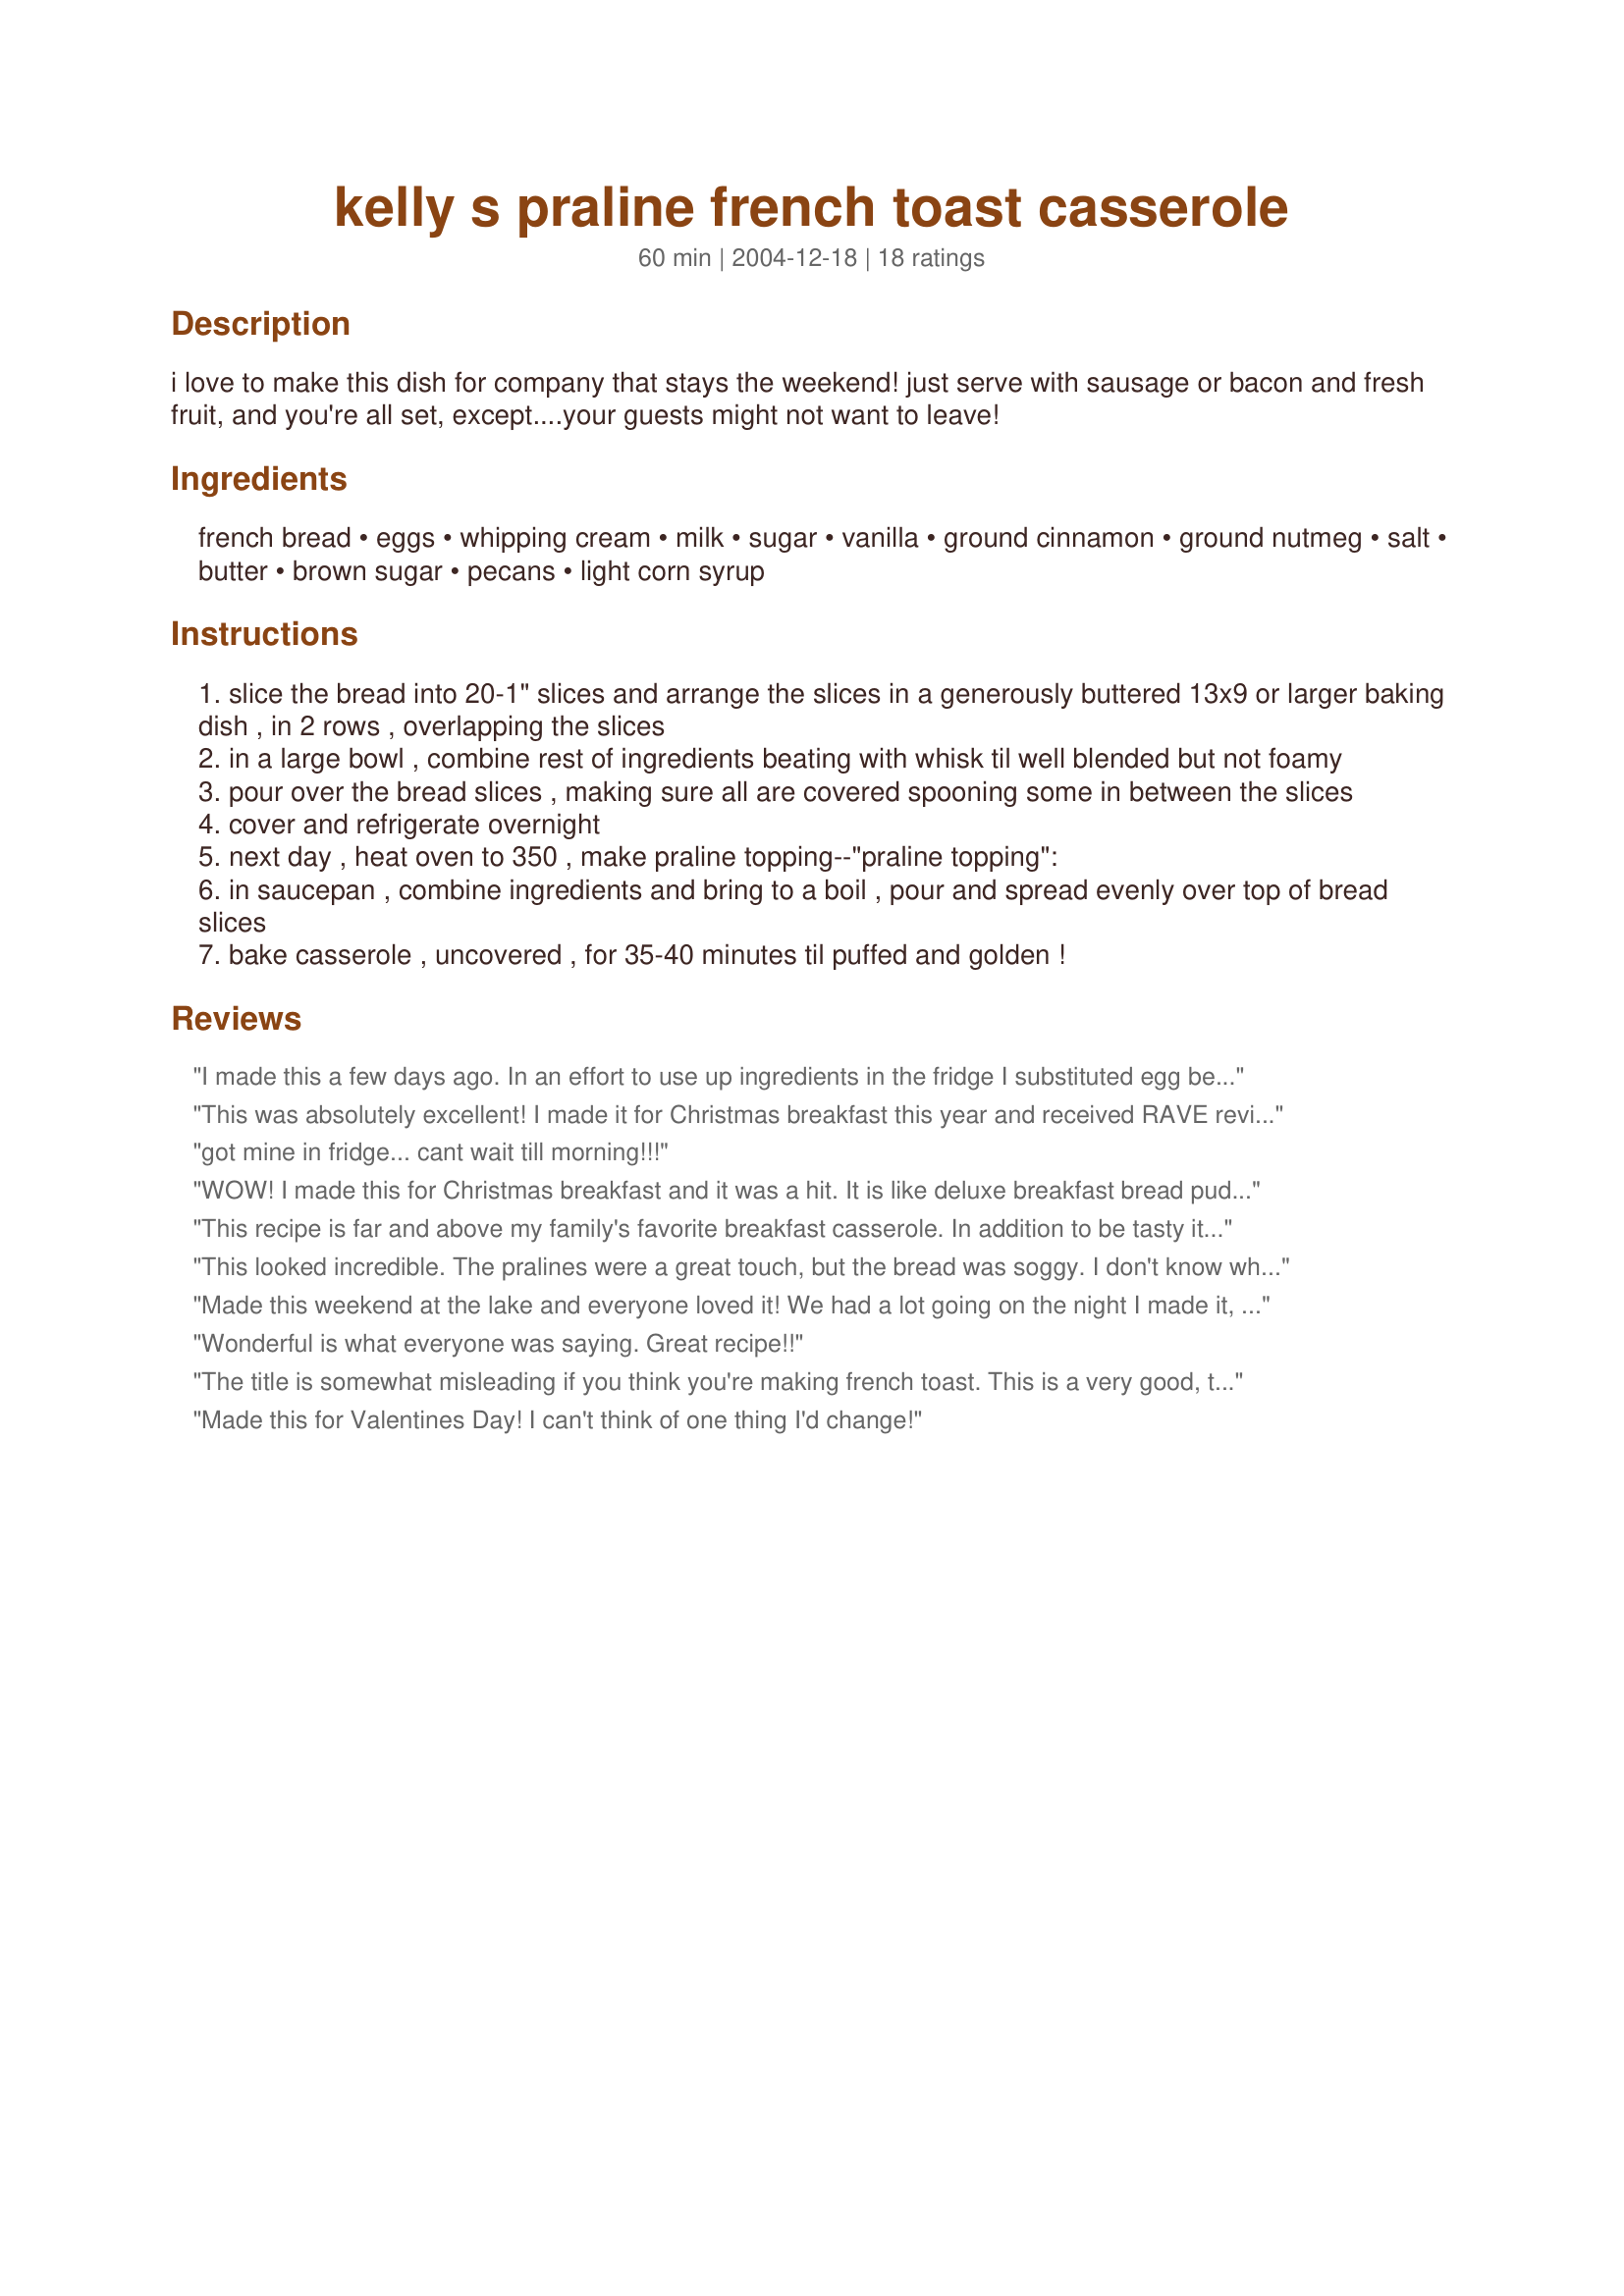
kelly s praline french toast casserole
Preparation time: 60 minutes

i love to make this dish for company that stays the weekend! just serve with sausage or bacon and fresh fruit, and you're all set, except....your guests might not want to leave!

Ingredients:
french bread, eggs, whipping cream, milk, sugar, vanilla, ground cinnamon, ground nutmeg, salt, butter, brown sugar, pecans, light corn syrup

Steps:
slice the bread into 20-1" slices and arrange the slices in a generously buttered 13x9 or larger baking dish , in 2 rows , overlapping the slices
in a large bowl , combine rest of ingredients beating with whisk til well blended but not foamy
pour over the bread slices , making sure all are covered spooning some in between the slices
cover and refrigerate overnight
next day , heat oven to 350 , make praline topping--"praline topping":
in saucepan , combine ingredients and bring to a boil , pour and spread evenly over top of bread slices
bake casserole , uncovered , for 35-40 minutes til puffed and golden !

Reviews:
I made this a few days ago. In an effort to use up ingredients in the fridge I substituted egg beaters for the real eggs, used skim milk vice whole and hazelnuts instead of pecans. Cut the calories and fat by quite a bit yet it was still delicious. It went in a flash.
This was absolutely excellent! I made it for Christmas breakfast this year and received RAVE reviews! My sister even sent me a text message to rub it in that she was having left over for breakfast! She said it was jsut as good the second time. I did not have nutmeg so it was left out and I also accidentally left out the corn syrup.. but you couldnt tell!
got mine in fridge... cant wait till morning!!!
WOW! I made this for Christmas breakfast and it was a hit. It is like deluxe breakfast bread pudding. Of course it is mostly prepared the night before so I could enjoy time with the family instead of being trapped in the kitchen. Delicious.
This recipe is far and above my family's favorite breakfast casserole. In addition to be tasty it is super easy and a real time saver when having a lot of other cooking to do. I also bring it as a standard to potlucks and it disappears immediately. I have shared this recipe more times than I can count. I think you get it. Awesome dish. I have made this exactly as described and it is great. I have also modified it over the years. I will prepare either way depending on my mood. Modification: Make sure to use a deep 9&quot;x12&quot;. Substitute Challah bread, use almost a cup of milk-topping it off with maple syrup(may be about 1/8 cup. Use turbinado sugar instead of regular sugar. Also I only use 1 1/2 TBSP if I am using maple syrup. I also leave my bread out a day or two uncovered to help with soggy factor if I am on the ball. My family doesn't seem to notice either way. Enjoy!
This looked incredible. The pralines were a great touch, but the bread was soggy. I don't know what went wrong b/c everyone seems to love it, but we threw it away after a few bites. I think if you just dipped each slice of bread individually before putting them in the pan rather than pouring the mixture over them, that might work better and they wouldn't be so saturated. Otherwise, the flavor is good.
Made this weekend at the lake and everyone loved it! We had a lot going on the night I made it, so I made a mistake, but I would make it again. I made the custard with the eggs, vanilla and whipping cream; but forgot the spices, sugar and salt. I realized my mistake the next morning before baking; I quickly mixed the ingredients and sprinkled on top before pouring the praline on top. Everyone loved the &quot;crunchy&quot; topping! Next time, I will add the spices to the custard AND sprinkle on top! Can&#039;t wait to make this again. Served will some syrup and berries - YUM!
Wonderful is what everyone was saying. Great recipe!!
The title is somewhat misleading if you think you're making french toast. This is a very good, tasty bread pudding. I thought it was even better the second day.
Made this for Valentines Day! I can't think of one thing I'd change!
I have yet to make this FANTASTIC recipe; I live alone. However, my sister made this recipe for my birthday breakfast. She added toasted coconut to the topping then sliced bananas on top. ...And to think all this time I thought she was so clever, to find out she probably copied the recipe from you!!!!!! I'm glad you printed it, so someday if I have company for breakfast. Thank you.
This was so delicious! We had a little leftover and it reheated nicely too! I will make this again and again - it's too good to only have for company! Thanks Kelly!
I also made this for Christmas breakfast (gotta love having it mostly ready the night before) and not only was it super easy, but my family actually decided to make it part of our Christmas morning tradition... that is a very high compliment in our family!
I got this same recipe years ago from a co-worker that brought it to our company pot luck breakfast. It is the best ever!!! I love how you can put it together Saturday night for an easy toss it in the oven and get ready for church easy sunday breakfast. Also got me looking for more different overnight French Toast recipes... If you think it is too soggy try adding more bread slices and deffinately avoid Bread pudding
This is the most fabulous of bread puddings. Once you try it, you are hooked. It has got to be sinful. Easy to make, no need to make changes. It is perfect just the way you see it.
Wow! This was soooooo good! I made this for breakfast this morning and all I got back was an empty dish! I was hoping for leftovers but darn it was just too good. Sorta reminded me of bread puddings which are a favourite of mine. This one is going into my breakfast rotations for the weekends! Thanks for sharing a great recipe!
My Suggestion if the complaint is "soggy," TOAST the French Bread first. Awesome recipe! Kudos Wildflour!
Oh what a delicious breakfast. If I could only figure out how to cut the calories we might have it every Sunday. Oh well, once in a while, who cares. It's worth it. Was mouthwatering & really not too much work, according to my DH who makes Sunday breakfast. Was really good & very filling. Will make again as soon as the calories burn up from this time.
Thanks Wildflour. Made for ZWT5.
